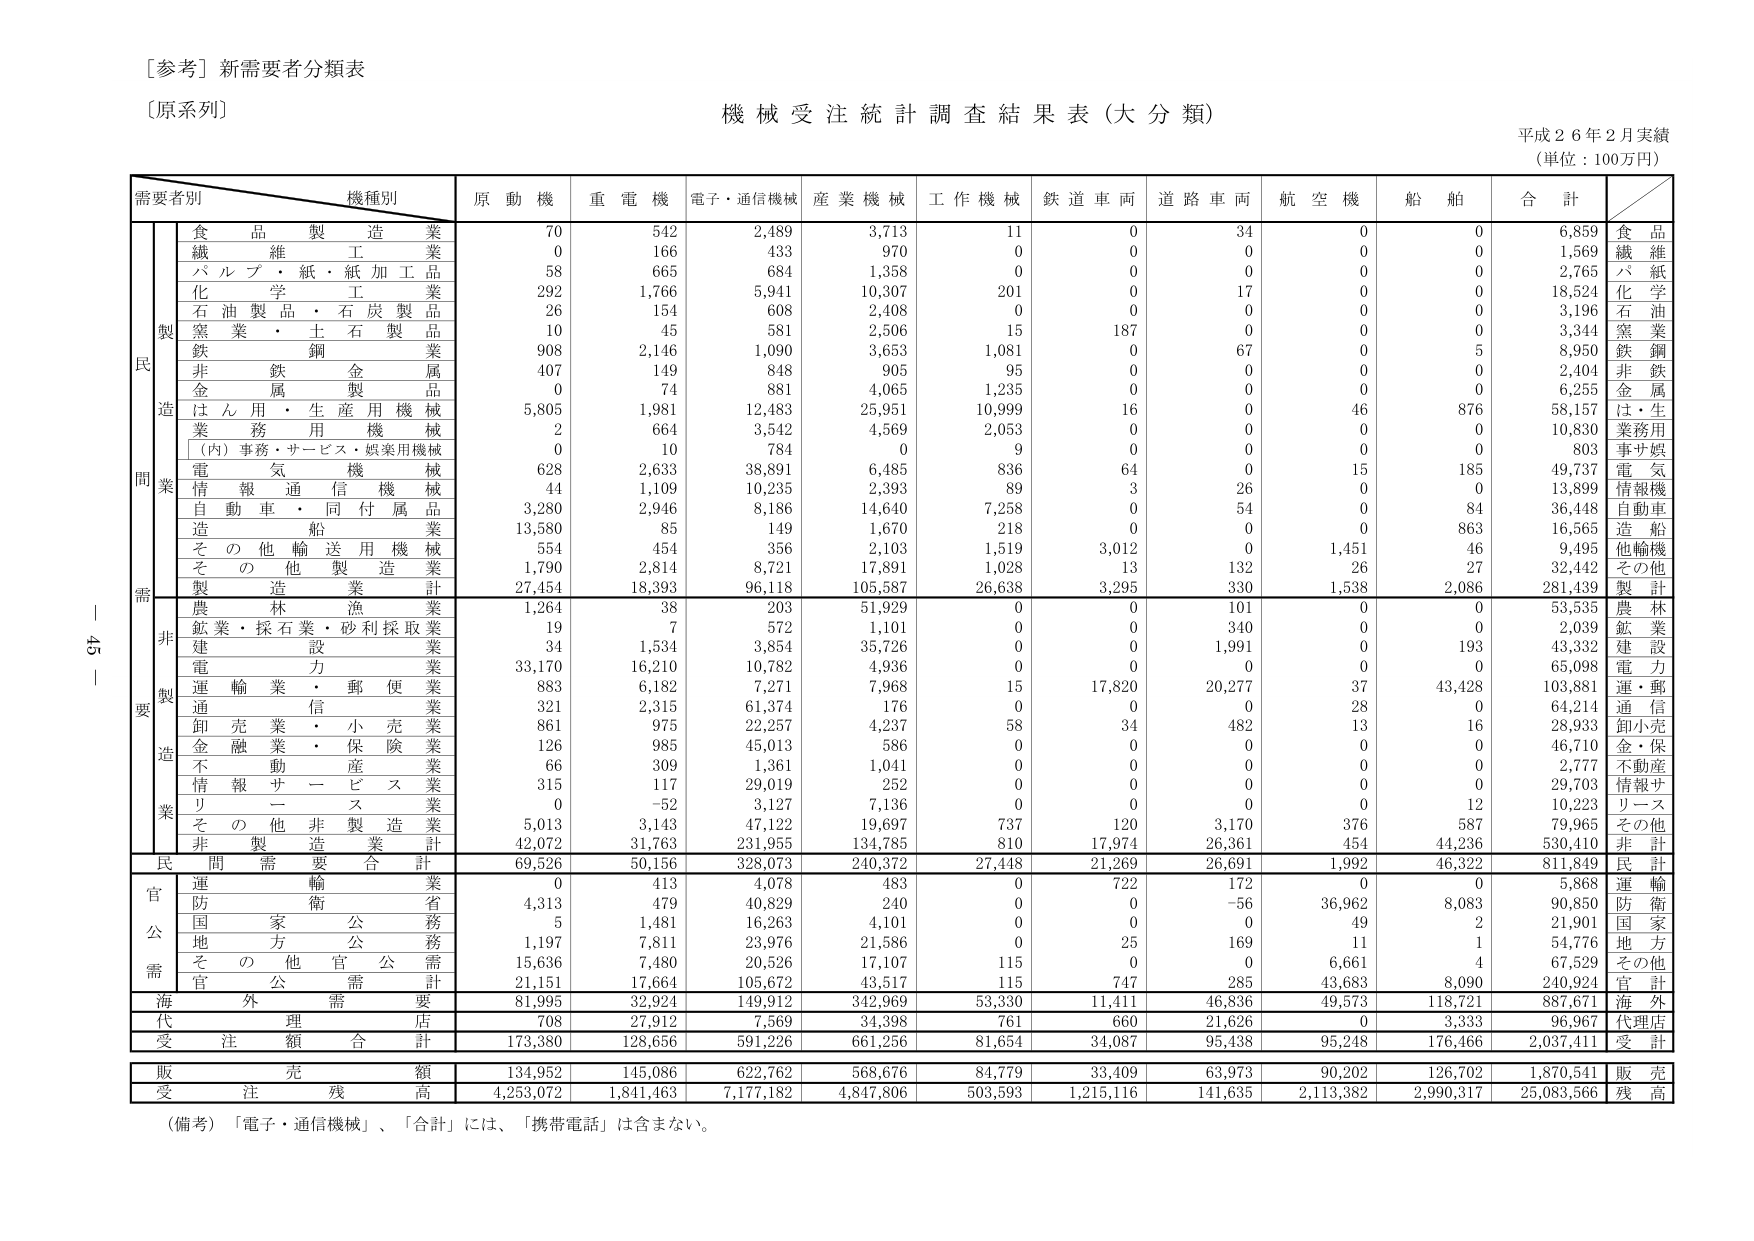
[参考] 新需要者分類表
〔原系列〕

機械受注統計調査結果表（大分類）
平成２６年２月実績
（単位：100万円）

需要者別　機種別
　　　　　原動機　重電機　電子・通信機械　産業機械　工作機械　鉄道車両　道路車両　航空機　船舶　合計

　　　　　　食品製造業